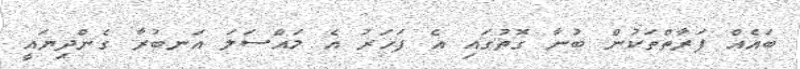
ބައެއް ފަރާތްތަކުން ބުނާ ގޮތުގައި އެ ފަހަރު އެ މައްސަލަ އަނބުރާ ގެންދިޔައީ